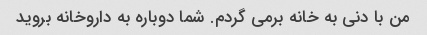
من با دنی به خانه برمی گردم. شما دوباره به داروخانه بروید